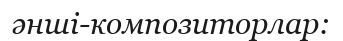
әнші-композиторлар: